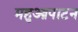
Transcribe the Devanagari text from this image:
महुआपाटन